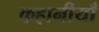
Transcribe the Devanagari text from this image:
कहानीयाँ